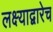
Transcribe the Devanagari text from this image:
लक्ष्याद्वारेच